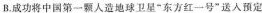
B.成功将中国第一颗人造地球▔东方红一号”送人预定